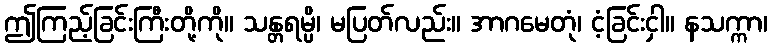
ဤကြည့်ခြင်းကြီးတို့ကို။ သန္တရမ္ပိ၊ မပြတ်လည်း။ အာဂမေတုံ၊ ငံ့ခြင်းငှါ။ နသက္ကာ၊